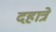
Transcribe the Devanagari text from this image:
दहात्रे